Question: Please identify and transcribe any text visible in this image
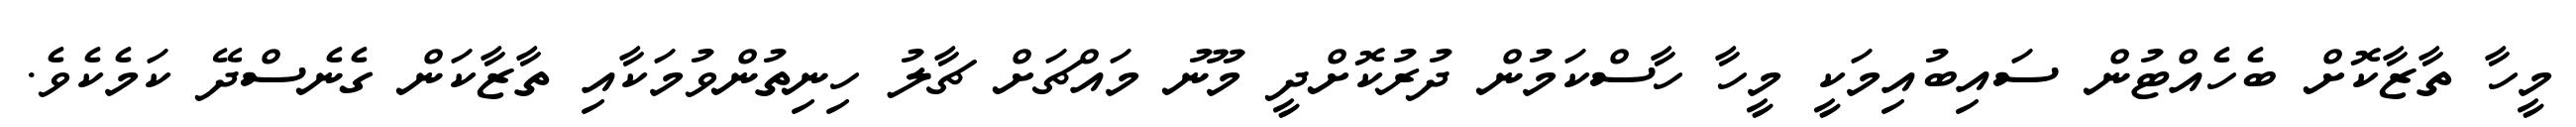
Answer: މީހާ ތާޒާކޮށް ބެހެއްޓުން ސައިބުއިމަކީ މީހާ ހާސްކަމުން ދުރުކޮށްދީ މޫނު މައްޗަށް ޗާލު ހިނިތުންވުމަކާއި ތާޒާކަން ގެނެސްދޭ ކަމެކެވެ.